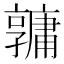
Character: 𤰎